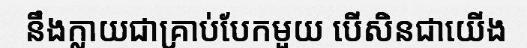
នឹងក្លាយជាគ្រាប់បែកមួយ បើសិនជាយើង